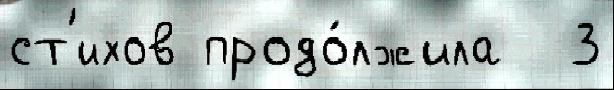
ст'ихов продо́лжила  3